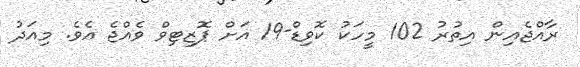
ރާއްޖެއިން އިތުރު 102 މީހަކު ކޮވިޑް-19 އަށް ޕޮޒިޓިވް ވެއްޖެ އެވެ. މިއަދު